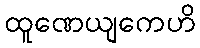
ထူဏေယျကေဟိ